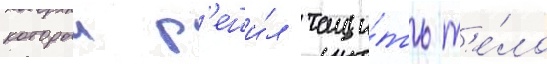
которыи р'еши́л тащи́ть т'е́ло